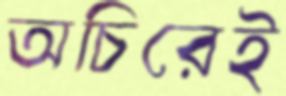
অচিরেই